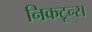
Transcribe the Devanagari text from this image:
निकटून्स